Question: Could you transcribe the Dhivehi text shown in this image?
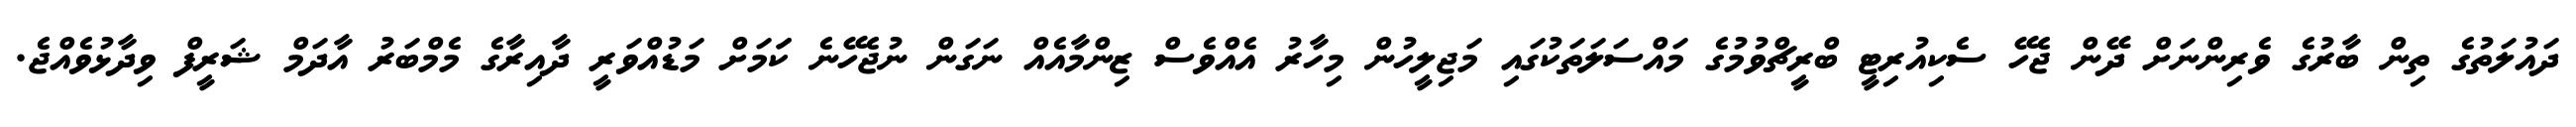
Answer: ދައުލަތުގެ ތިން ބާރުގެ ވެރިންނަށް ދޭން ޖެހޭ ސެކިއުރިޓީ ބްރީޗްވުމުގެ މައްސަލަތަކުގައި މަޖިލީހުން މިހާރު އެއްވެސް ޒިންމާއެއް ނަގަން ނުޖެހޭނެ ކަަމަށް މަޑުއްވަރީ ދާއިރާގެ މެމްބަރު އާދަމް ޝަރީފް ވިދާޅުވެއްޖެ.